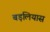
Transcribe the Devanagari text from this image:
बड़लियास